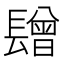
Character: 𨲯